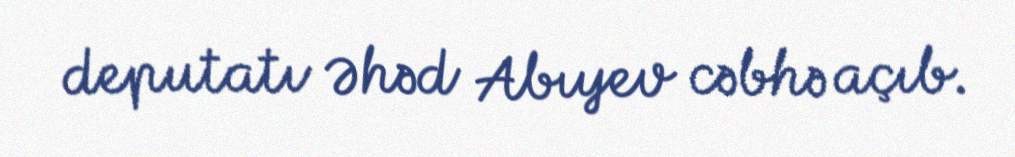
deputatı Əhəd Abıyev cəbhə açıb.